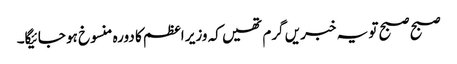
صبح صبح تو یہ خبریں گرم تھیں کہ وزیر اعظم کا دورہ منسوخ ہو جائیگا۔